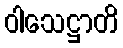
ဝါသေဋ္ဌာတိ